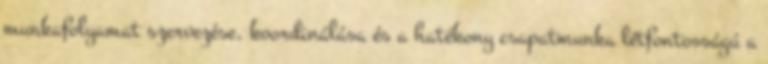
munkafolyamat szervezése, koordinálása és a hatékony csapatmunka létfontosságú a